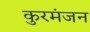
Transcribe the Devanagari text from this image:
कुरमंजन